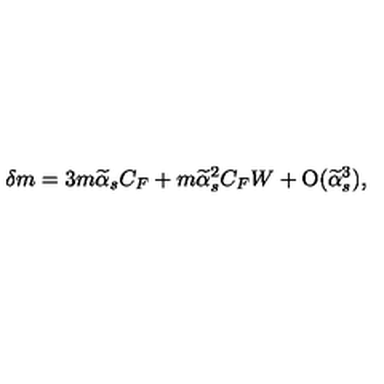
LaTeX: \delta m = 3 m \widetilde \alpha _ { s } C _ { F } + m \widetilde \alpha _ { s } ^ { 2 } C _ { F } W + \mathrm { O } ( \widetilde \alpha _ { s } ^ { 3 } ) ,